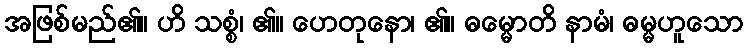
အဖြစ်မည်၏။ ဟိ သစ္စံ၊ ၏။ ဟေတုနော၊ ၏။ ဓမ္မောတိ နာမံ၊ ဓမ္မဟူသော